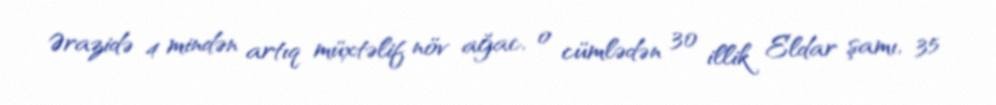
Ərazidə 4 mindən artıq müxtəlif növ ağac, o cümlədən 30 illik Eldar şamı, 35